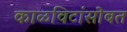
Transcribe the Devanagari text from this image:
काळविटांसोबत